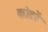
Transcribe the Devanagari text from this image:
कोटरें